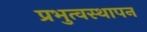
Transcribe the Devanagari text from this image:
प्रभुत्वस्थापन